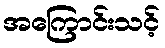
အကြောင်းသင့်